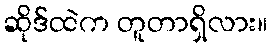
ဆိုဒ်ထဲက တူတာရှိလား။